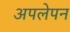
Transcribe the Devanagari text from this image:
अपलेपन